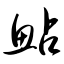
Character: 鲇